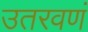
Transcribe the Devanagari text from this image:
उतरवणं